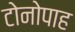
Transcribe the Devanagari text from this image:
टोनोपाह